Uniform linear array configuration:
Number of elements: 12
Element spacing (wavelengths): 0.5
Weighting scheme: kaiser
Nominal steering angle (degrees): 15
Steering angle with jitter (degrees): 15.092
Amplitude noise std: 0.05
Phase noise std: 0.05

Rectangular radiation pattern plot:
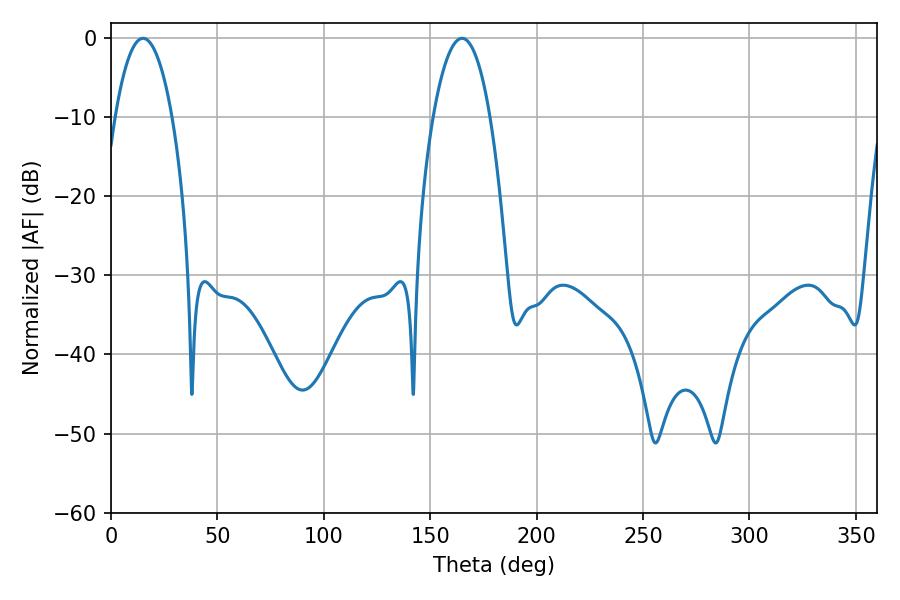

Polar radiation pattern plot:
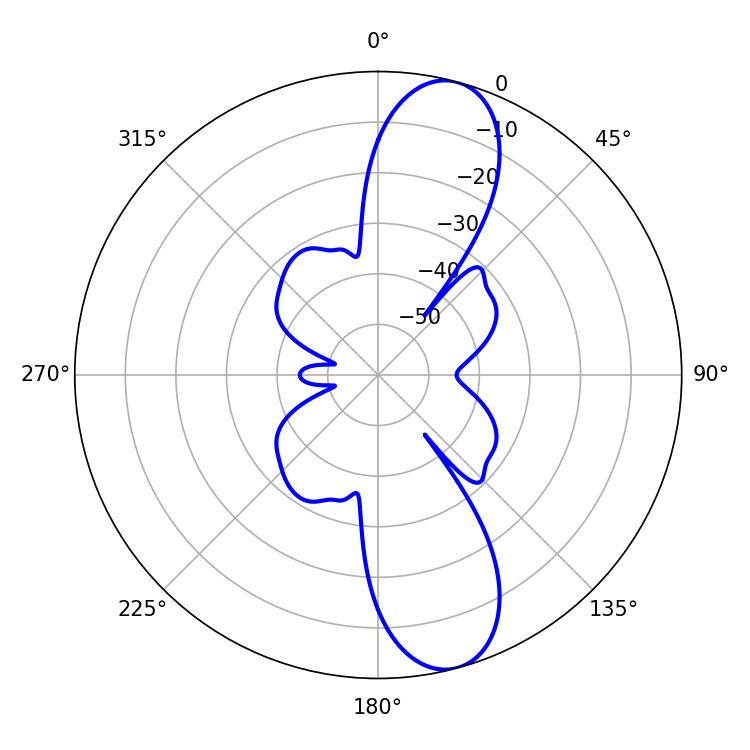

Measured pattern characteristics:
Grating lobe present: FALSE
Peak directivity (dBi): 11.43
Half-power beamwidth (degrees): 14.76
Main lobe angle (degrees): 15.12